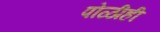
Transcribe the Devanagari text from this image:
पोळीही